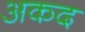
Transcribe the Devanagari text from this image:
अकद